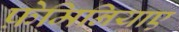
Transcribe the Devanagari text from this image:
फ़ेमिनियाए